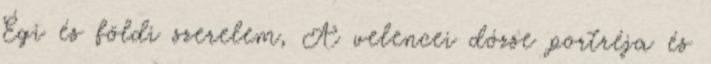
Égi és földi szerelem, A velencei dózse portréja és